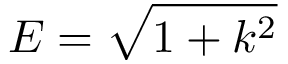
E = \sqrt { 1 + k ^ { 2 } }